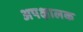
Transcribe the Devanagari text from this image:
अपक्षालक